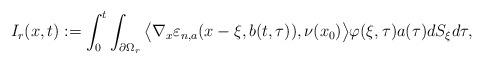
LaTeX: \begin{align*}I_{r}(x,t):=\int_{0}^{t}\int_{\partial\Omega_{r}}\big\langle\nabla_{x}\varepsilon_{n, a}(x-\xi,b(t,\tau)),\nu(x_{0})\big\rangle\varphi(\xi,\tau)a(\tau)dS_{\xi} d\tau,\end{align*}